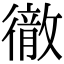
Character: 𭜈